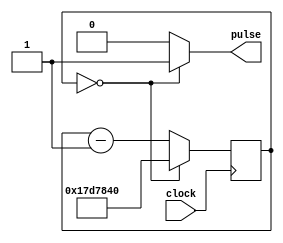
`timescale 1ns / 1ns

module rateDivider(clock, pulse);

	input clock;
	output pulse;
	
	reg [27:0]Q = 0;
	
	always@(posedge clock)begin
	
		if(Q == 0)
			Q <= 25000000;
		else 
			Q <= Q - 1;
	
	end
	
	assign pulse = (Q == 0) ? 1 : 0;

endmodule